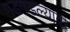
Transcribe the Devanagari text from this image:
गडगडल्यावर